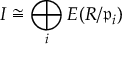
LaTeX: I \cong \bigoplus _ { i } E ( R / { \mathfrak { p } } _ { i } )